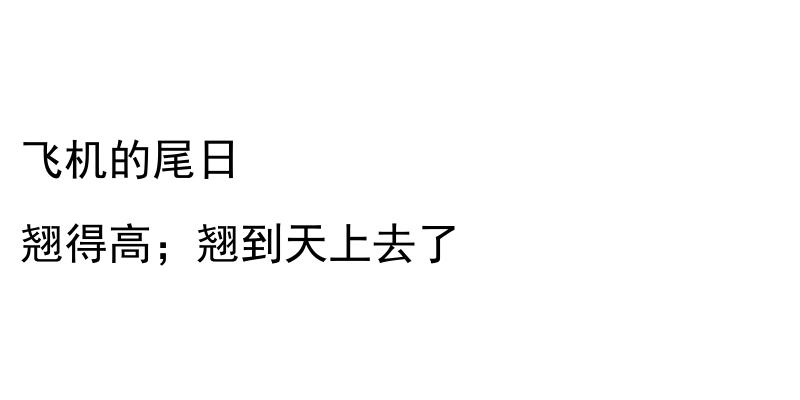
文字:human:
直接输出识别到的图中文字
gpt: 飞机的尾日 翘得高；翘到天上去了